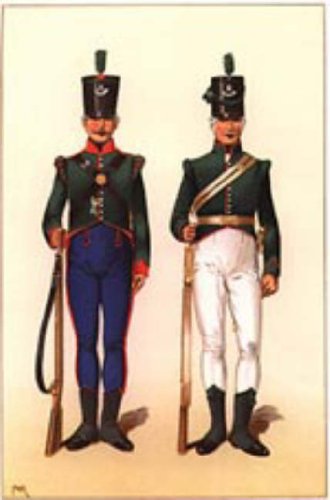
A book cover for Annals of the Kings Royal Rifle Corps: Royal Americans 1755-1802 v. 1; Lewis Butler; History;